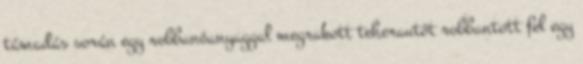
támadás során egy robbanóanyaggal megrakott teherautót robbantott fel egy